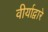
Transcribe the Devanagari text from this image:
वीर्याद्वारे